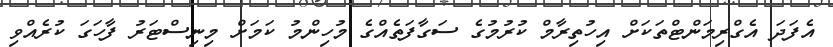
އެފަދަ އެގްރިމަންޓްތަކަށް އިހުތިރާމް ކުރުމުގެ ސަގާފަތެއްގެ މުހިންމު ކަމަށް މިނިސްޓަރު ފާހަގަ ކުރެއްވި